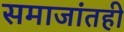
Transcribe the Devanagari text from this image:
समाजांतही